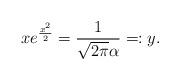
LaTeX: \begin{align*}xe^{\frac{x^2}{2}}=\frac{1}{\sqrt{2\pi}\alpha}=:y.\end{align*}